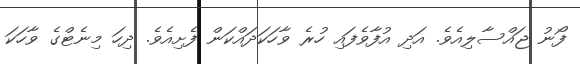
ފޯނު ޖައްސާލިއެވެ. އަދި އުފާވެފައި ހުރެ ވާހަކަދައްކަން ފެށިއެވެ. ދިހަ މިނެޓްގެ ވާހަކަ